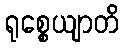
ရုစ္စေယျာတိ